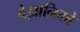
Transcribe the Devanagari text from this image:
वेज्ञानिको